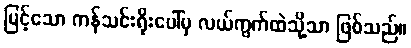
မြင့်သော ကန်သင်းရိုးပေါ်မှ လယ်ကွက်ထဲသို့သာ ဖြစ်သည်။